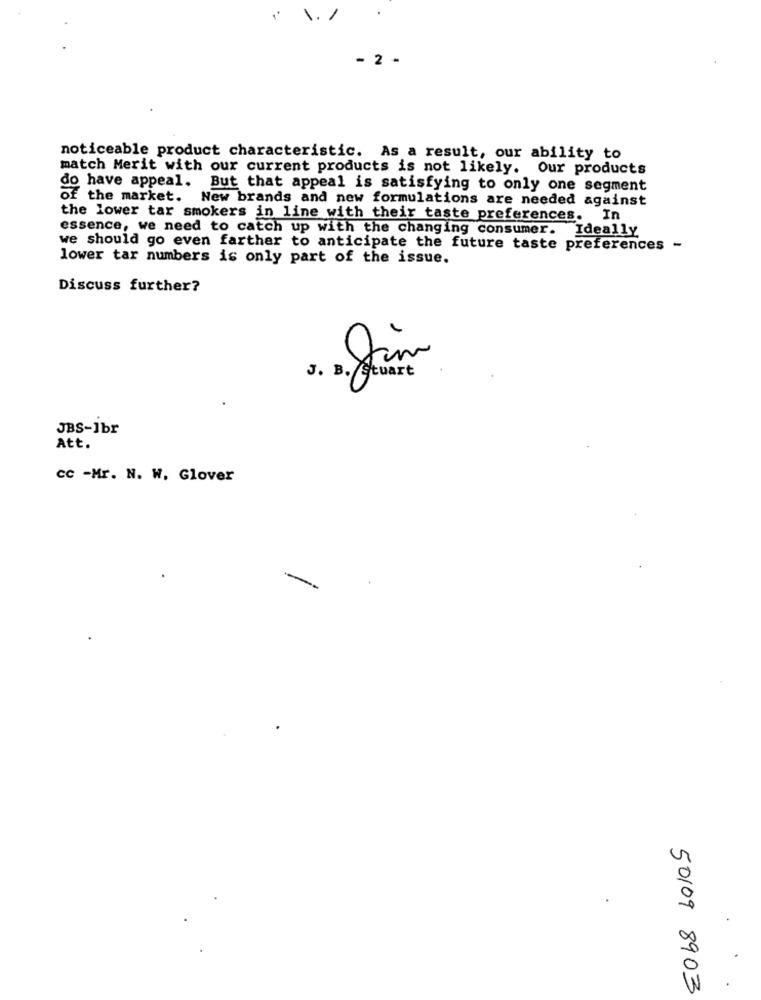
1.1
- 2 -
noticeable product characteristic. As a result, our ability to
match Merit with our current products is not likely. Our products
do have appeal. But that appeal is satisfying to only one segment
of the market. New brands and new formulations are needed against
the lower tar smokers in line with their taste preferences. In
essence, we need to catch up with the changing consumer. Ideally
we should go even farther to anticipate the future taste preferences -
lower tar numbers is only part of the issue.
Discuss further?
J. B./
JBS-Jbr
Att.
cc -Mr. N. W. Glover
50109 8903